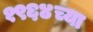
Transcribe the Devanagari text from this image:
१९६४च्या